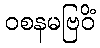
ဝစနမဗြဝိံ